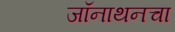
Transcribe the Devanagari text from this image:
जॉनाथनचा